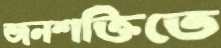
জনশক্তিতে